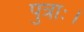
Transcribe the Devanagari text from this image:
पुत्राः।